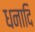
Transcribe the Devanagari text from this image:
धनादि